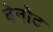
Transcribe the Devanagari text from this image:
बेनोट